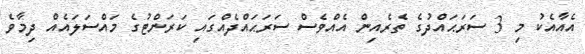
އެއާއެކު މި 3 ސަރަޙައްދުގެ ތެރެއިން އެއްވެސް ސަރަޙައްދެއްގައި ކަރަންޓުގެ މައްސަލައެއް ދިމާވެ